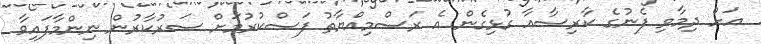
އަށް ދިމާވި ފެނުގެ ކާރިސާއާ ގުޅިގެން އެ ރަސްމިއްޔާތު ފަސްކުރުމަށް ސަރުކާރުން ނިންމާފައިވާ